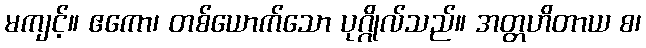
မကျင့်။ ဧကော၊ တစ်ယောက်သော ပုဂ္ဂိုလ်သည်။ အတ္တဟိတာယ စ၊